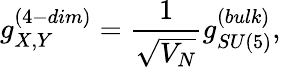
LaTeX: g_{X,Y}^{(4-{dim})}=\frac{1}{\sqrt{V_{N}}}g_{SU(5)}^{(bulk)},